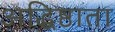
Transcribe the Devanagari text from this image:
अद्धिष्ठाता